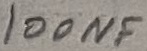
Text: 100NF